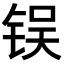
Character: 𬭌